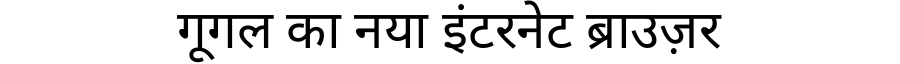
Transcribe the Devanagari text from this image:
गूगल का नया इंटरनेट ब्राउज़र